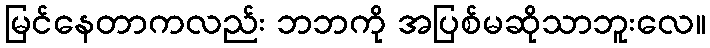
မြင်နေတာကလည်း ဘဘကို အပြစ်မဆိုသာဘူးလေ။